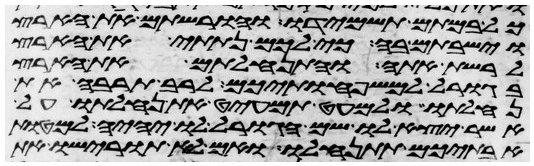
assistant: כל במתם תשמידו והורשתם את הארץ
וישבתם בה כי לכם נתתי את הארץ
לרשת אתה והתנחלתם את הארץ
בגורל למשפחותיכם לרב תרבה את
נחלתו ולמעט תמעיט את נחלתו על
אשר יצא לו שם הגורל לו יהיה למטות
אבתיכם תתנחלו ואם לא תורישו את